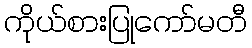
ကိုယ်စားပြုကော်မတီ